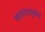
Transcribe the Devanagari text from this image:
व्यासंगामुळेच